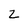
Character: z